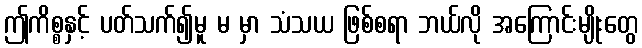
ဤကိစ္စနှင့် ပတ်သက်၍မူ မ မှာ သံသယ ဖြစ်စရာ ဘယ်လို အကြောင်းမျိုးတွေ